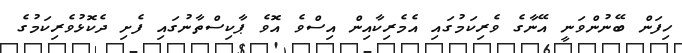
ހިފަން ބޭނުންވަނީ އޭނާގެ ވެރިކަމުގައި އެމެރިކާއިން އިސްވެ އޮވެ ޕާކިސްތާނުގައި ފެށި ދެކޮޅުވެރިކަމުގެ